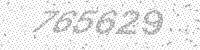
Solution: 765629